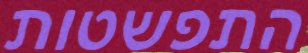
התפשטות